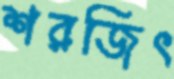
শরজিৎ